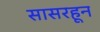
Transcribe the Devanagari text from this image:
सासरहून